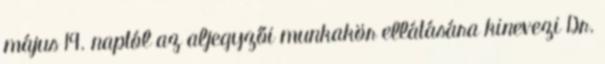
május 19. naptól az aljegyzői munkakör ellátására kinevezi Dr.